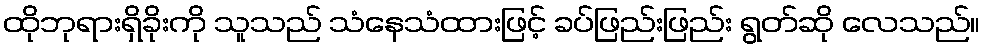
ထိုဘုရားရှိခိုးကို သူသည် သံနေသံထားဖြင့် ခပ်ဖြည်းဖြည်း ရွတ်ဆို လေသည်။